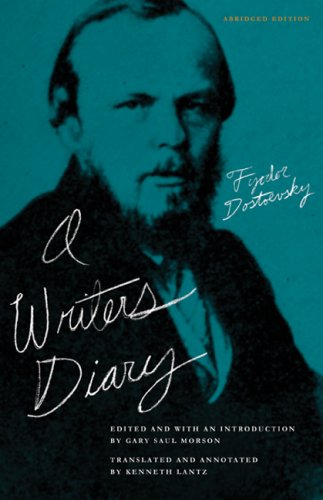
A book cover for A Writer's Diary; Fyodor Dostoevsky; Literature & Fiction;